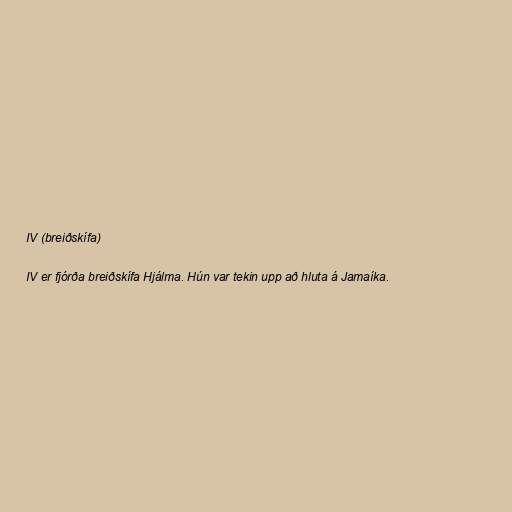
IV (breiðskífa)

IV er fjórða breiðskífa Hjálma. Hún var tekin upp að hluta á Jamaíka.